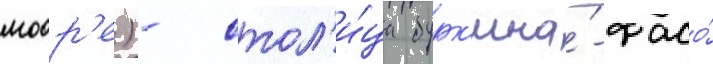
моор'е) - стол'и́ца бурк'ина́-фасо́